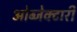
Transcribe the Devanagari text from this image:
ओब्जेक्टारी